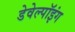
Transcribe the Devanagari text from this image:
डेवेल्पॉइंग